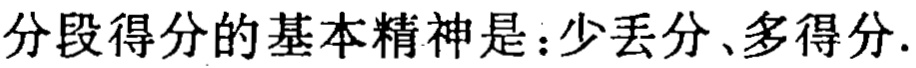
分段得分的基本精神是：少丢分、多得分.